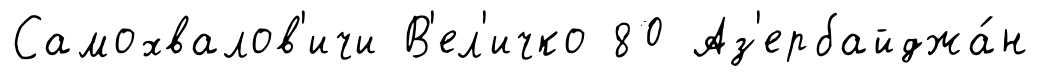
Самохвалов'ичи В'ел'ичко 80 Аз'ербайджа́н